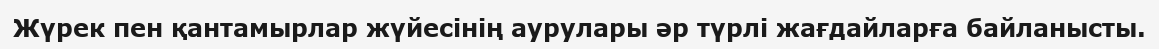
Жүрек пен қантамырлар жүйесінің аурулары әр түрлі жағдайларға байланысты.